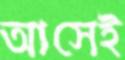
আসেই